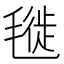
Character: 𣯪